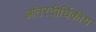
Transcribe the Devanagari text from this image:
आंतरदीर्घिकीय